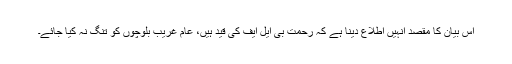
اس بیان کا مقصد انہیں اطلاع دینا ہے کہ رحمت بی ایل ایف کی قید ہیں، عام غریب بلوچوں کو تنگ نہ کیا جائے۔